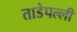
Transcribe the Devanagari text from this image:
ताडेपल्ली